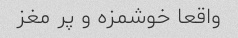
واقعا خوشمزه و پر مغز